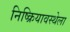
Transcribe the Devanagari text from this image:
निष्क्रियावस्थेला